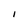
Character: 1